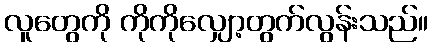
လူတွေကို ကိုကိုလျှော့တွက်လွန်းသည်။